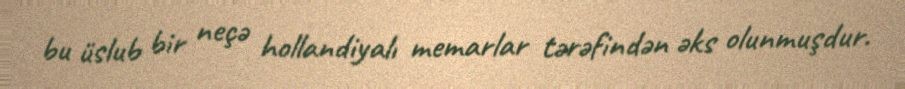
bu üslub bir neçə hollandiyalı memarlar tərəfindən əks olunmuşdur.